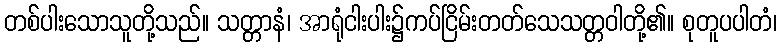
တစ်ပါးသောသူတို့သည်။ သတ္တာနံ၊ အာရုံငါးပါး၌ကပ်ငြိမ်းတတ်သေသတ္တဝါတို့၏။ စုတူပပါတံ၊